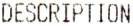
DESCRIPTION